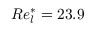
R e _ { l } ^ { \ast } = 2 3 . 9